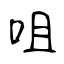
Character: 咀